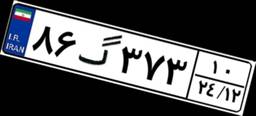
۸۶گ۳۷۳۱۰